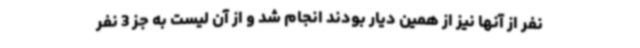
نفر از آنها نیز از همین دیار بودند انجام شد و از آن لیست به جز 3 نفر